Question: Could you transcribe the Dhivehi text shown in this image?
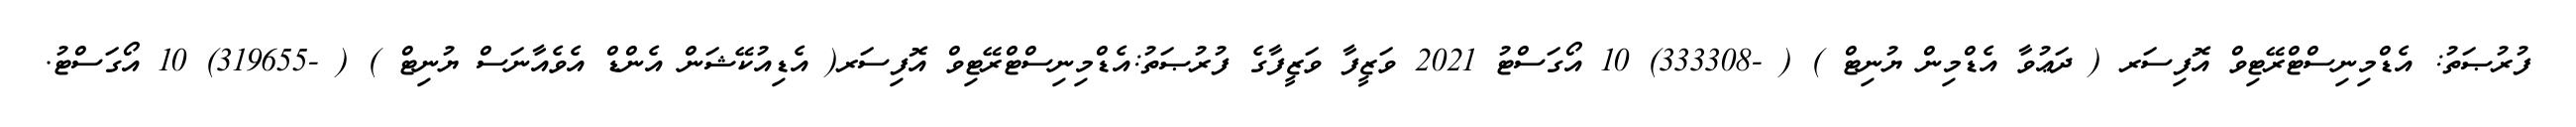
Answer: ފުރުޞަތު: އެޑްމިނިސްޓްރޭޓިވް އޮފިސަރ ( ދަޢުވާ އެޑްމިން ޔުނިޓް ) ( -333308) 10 އޯގަސްޓު 2021 ވަޒީފާ ވަޒީފާގެ ފުރުޞަތު:އެޑްމިނިސްޓްރޭޓިވް އޮފިސަރ( އެޑިއުކޭޝަން އެންޑް އެވެއާނަސް ޔުނިޓް ) ( -319655) 10 އޯގަސްޓު.